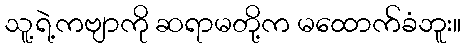
သူ့ရဲ့ကဗျာကို ဆရာမတို့က မထောက်ခံဘူး။